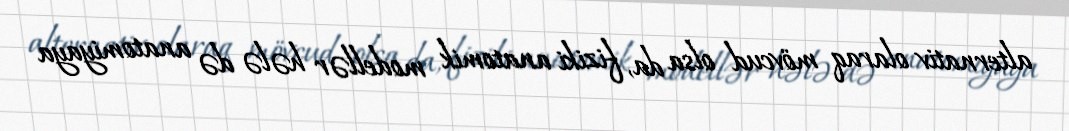
alternativ olaraq mövcud olsa da, fiziki anatomik modellər hələ də anatomiyaya